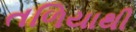
તળિયાથી